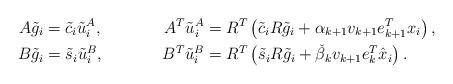
LaTeX: \begin{align*}A \tilde{g}_i &= \tilde{c}_i \tilde{u}_i^A, &A^T \tilde{u}_i^A &= R^T \left(\tilde{c}_i R \tilde{g}_i + \alpha_{k+1} v_{k+1} e_{k+1}^T x_i\right),\\B \tilde{g}_i &= \tilde{s}_i \tilde{u}_i^B, &B^T \tilde{u}_i^B &= R^T \left(\tilde{s}_i R \tilde{g}_i + \check{\beta}_{k} v_{k+1} e_{k}^T \hat{x}_i\right).\end{align*}